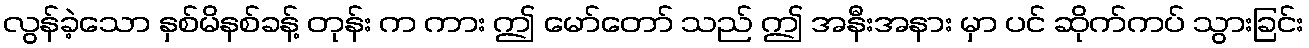
လွန်ခဲ့သော နှစ်မိနစ်ခန့် တုန်း က ကား ဤ မော်တော် သည် ဤ အနီးအနား မှာ ပင် ဆိုက်ကပ် သွားခြင်း